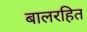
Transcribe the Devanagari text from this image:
बालरहित